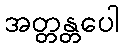
အတ္တန္တပေါ